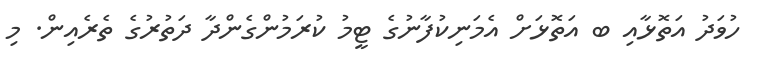
ހުވަދު އަތޮޅާއި ބ އަތޮޅަށް އެމަނިކުފާނުގެ ޓީމު ކުރަމުންގެންދާ ދަތުރުގެ ތެރެއިން. މި